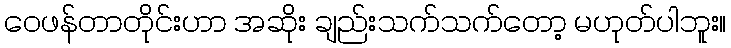
ဝေဖန်တာတိုင်းဟာ အဆိုး ချည်းသက်သက်တော့ မဟုတ်ပါဘူး။